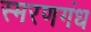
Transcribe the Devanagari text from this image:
स्मरणगंध